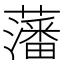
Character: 藩